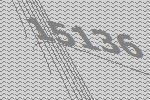
15136